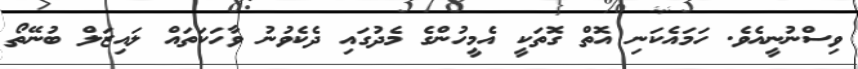
ވިސްނުނީއެވެ. ހަމައެކަނި އޮތް ގޮތަކީ އެމީހުންގެ މެދުގައި ދެކެވުނު ވާހަކަތައް ލައިޒަލް ބުނޭތޯ